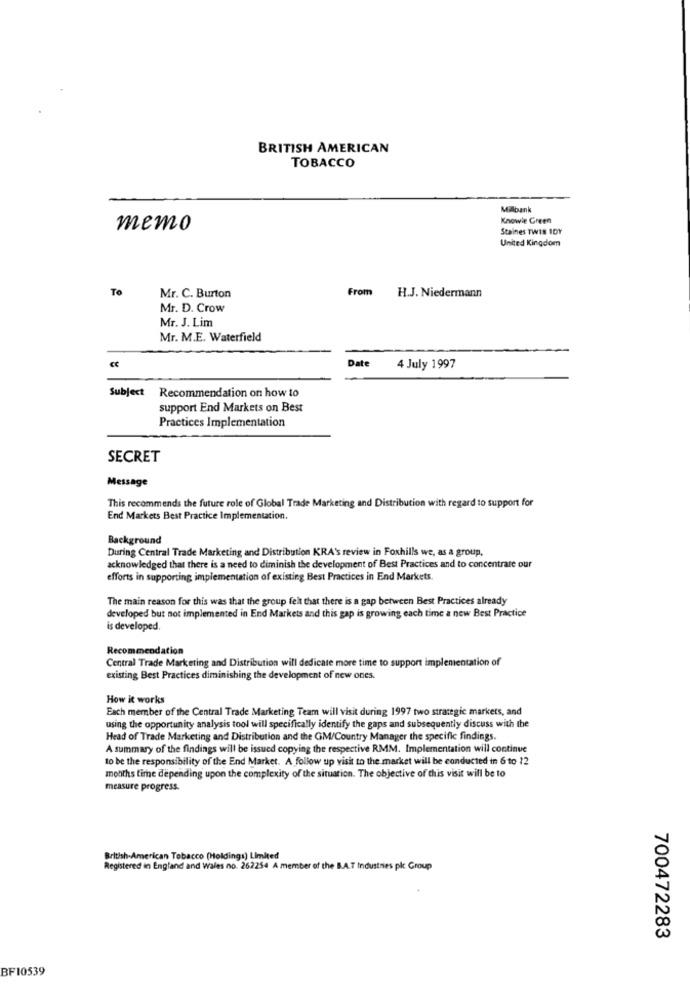
BRITISH AMERICAN
TOBACCO
Milbank
Knowle Green
memo
Staines TWIN 10Y
United Kingdom
To
From
Mr. C. Burton
H.J. Niedermann
Mr. D. Crow
Mr. J. Lim
Mr. M.E. Waterfield
Date
4 July 1997
Subject Recommendation on how to
support End Markets on Best
Practices Implementation
SECRET
Message
This recommends the future role of Global Trade Marketing and Distribution with regard to support for
End Markets Best Practice Implementation.
Background
During Central Trade Marketing and Distribution KRA's review in Foxhills we, as a group,
acknowledged that there is a need to diminish the development of Best Practices and to concentrate our
efforts in supporting implementation of existing Best Practices in End Markets.
The main reason for this was that the group felt that there is a gap between Best Practices already
developed but not implemented in End Markets and this gap is growing each time a new Best Practice
is developed.
Recommendation
Central Trade Marketing and Distribution will dedicate more time to support implementation of
existing Best Practices diminishing the development of new ones.
How it works
Each member of the Central Trade Marketing Team will visit during 1997 two strategic markets, and
using the opportunity analysis tool will specifically identify the gaps and subsequently discuss with the
Head of Trade Marketing and Distribution and the GM/Country Manager the specific findings.
A summary of the findings will be issued copying the respective RMM. Implementation will continue
to be the responsibility of the End Market. A follow up visit to the market will be conducted in 6 to 12
months time depending upon the complexity of the situation. The objective of this visit will be to
measure progress.
British-American Tobacco (Holdings) Limited
Registered in England and Wales no. 262254 A member of the B.A.T Industries pk Group
700472283
BF10539